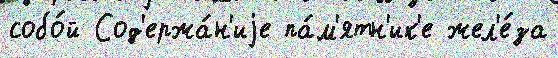
собо́й Сод'ержа́н'иjе па́м'ятн'ик'е жел'е́за